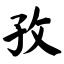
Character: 孜